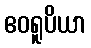
ဧဝရူပိယာ